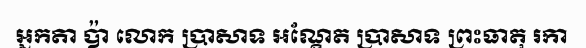
អ្នកតា ប៉ា លោក ប្រាសាទ អណ្តែត ប្រាសាទ ព្រះធាតុ រកា